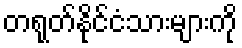
တရုတ်နိုင်ငံသားများကို